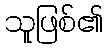
သူဖြစ်၏